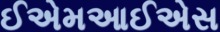
ઈએમઆઈએસ